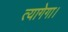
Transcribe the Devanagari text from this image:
त्यागेगा।